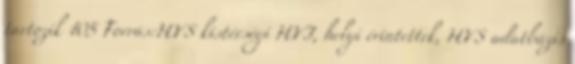
tartozik 105 Forrás:HVS kistérségi HVI, helyi érintettek, HVS adatbázis